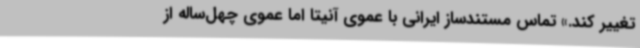
تغییر کند.» تماس مستندساز ایرانی با عموی آنیتا اما عموی چهل‌ساله از